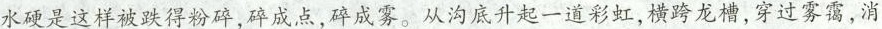
水硬是这样被跌得粉碎，碎成点，碎成雾。从沟底升起一道彩虹，横跨龙槽，穿过雾霭，消